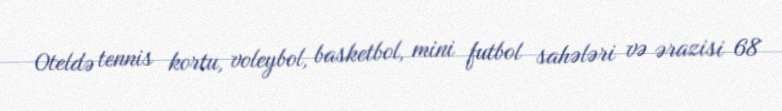
Oteldə tennis kortu, voleybol, basketbol, mini futbol sahələri və ərazisi 68